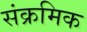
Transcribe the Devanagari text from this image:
संक्रमिक